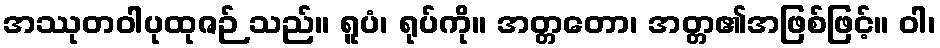
အဿုတဝါပုထုဇဉ် သည်။ ရူပံ၊ ရုပ်ကို။ အတ္တတော၊ အတ္တ၏အဖြစ်ဖြင့်။ ဝါ၊